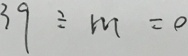
3 9 \div m = 0